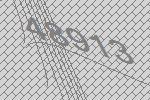
48913